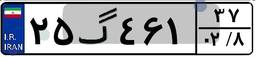
۳۲گ۴۱۴۴۳